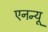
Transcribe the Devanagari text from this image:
एनन्यू